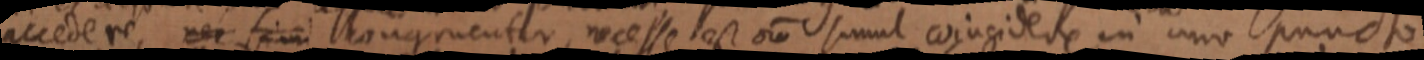
accedere, nec simi congruenter, necesse est oro simul coincidere in uno puncto